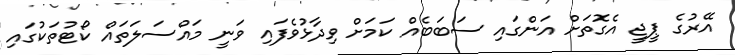
އޭރުގެ ޕީޖީ އެގޮތަށް އަންގައި ސަބަބެއް ކަމަށް ވިދާޅުވެފައި ވަނީ މައްސަލަތައް ކޯޓުތަކުގައި